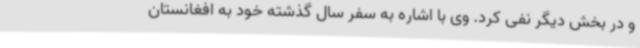
و در بخش دیگر نفی کرد. وی با اشاره به سفر سال گذشته خود به افغانستان